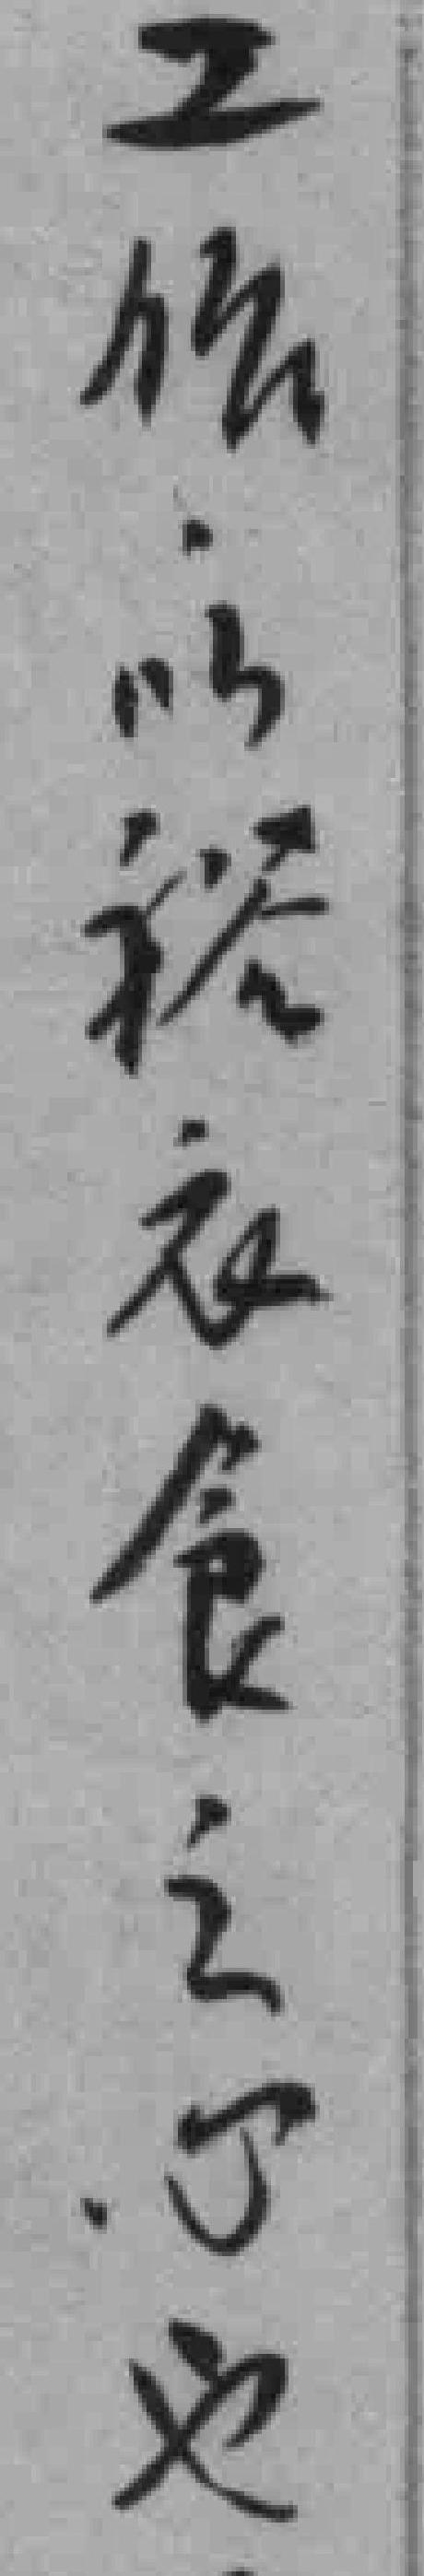
工作以裕衣食之心也